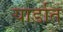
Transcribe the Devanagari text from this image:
यार्डात